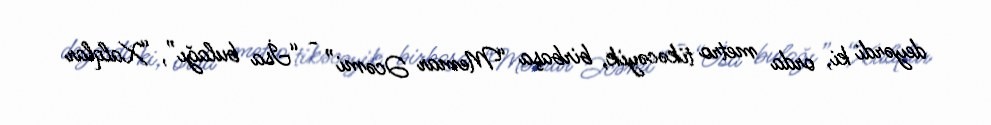
deyərdi ki, orda metro tikəcəyik, birbaşa “Memar Əcəmi” - “İsa bulağı”, “Xalqlar